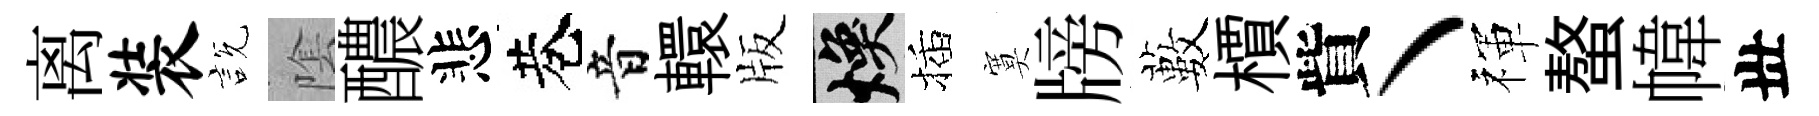
离装説隂醲悲巷音轘版焕插寞牓藪檟貲丶禈螯幃丗